Lunatic asylums Central Provinces reports 1910-1926 - 1910-1926
Year: 1910
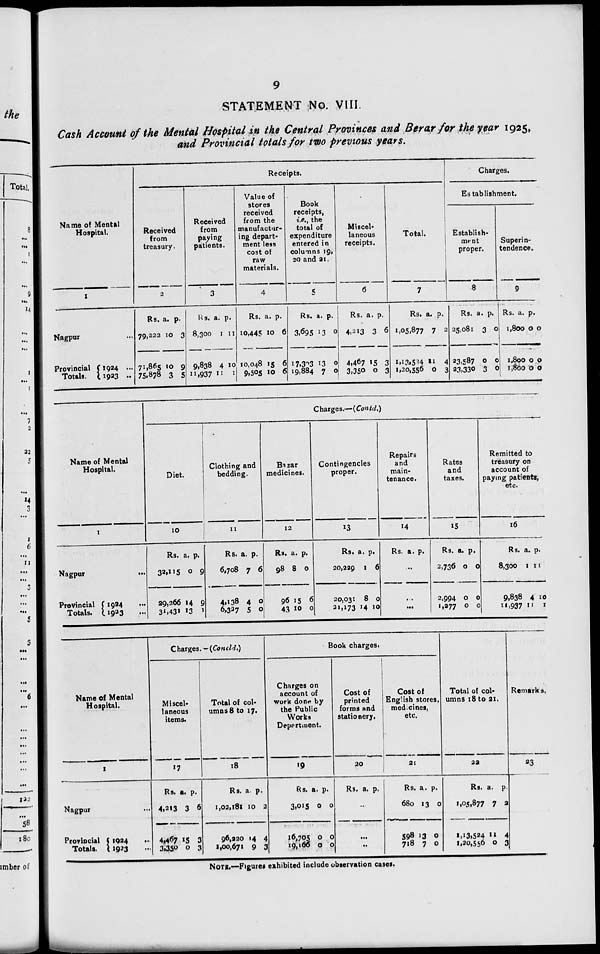
9
STATEMENT No. VIII.
Cash Account of the Mental Hospital in the Central Provinces and Berar for the year 1925,
and Provincial totals for two previous years.
Name of Mental
Hospital.
1
Nagpur ...
Provincial
Totals.
1924 ...
1923 ...
Receipts.
Received
from
treasury.
2
Rs.
79,222
71,865
75,878
a.
10
10
3
p.
3
9
5
Received
from
paying
patients.
3
Rs.
8,300
9,838
11,937
a.
1
4
11
p.
11
10
1
Value of
stores
received
from the
manufactur-
ing depart-
ment less
cost of
raw
materials.
4
Rs.
10,445
10,048
9,505
a.
10
15
10
p.
6
6
6
Book
receipts,
i.e., the
total of
expenditure
entered in
columns 19,
20 and 21.
5
Rs.
3,695
17,323
19,884
a.
13
13
7
p.
0
0
0
Miscel-
laneous
receipts.
6
Rs.
4,213
4,467
3,350
a.
3
15
0
p.
6
3
3
Total.
7
Rs.
1,05,877
1,13,524
1,20,556
a.
7
11
0
p.
2
4
3
Charges.
Establishment.
Establish-
ment
proper.
8
Rs.
25,081
23,587
23,330
a.
3
0
3
p.
0
0
0
Superin-
tendence.
9
Rs.
1,800
1,800
1,800
a.
0
0
0
p.
0
0
0
Name of Mental
Hospital.
1
Nagpur
...
Provincial
Totals.
1924 ...
1923 ...
Charges.—(Contd.)
Diet.
10
Rs.
32,115
29,266
31,431
a.
0
14
13
p.
9
9
1
Clothing and
bedding.
11
Rs.
6,708
4,138
6,327
a.
7
4
5
p.
6
0
0
Bazar
medicines.
12
Rs.
98
96
43
a.
8
15
10
p.
0
6
0
Contingencies
proper.
13
Rs.
20,229
20,031
31,173
a.
1
8
14
p.
6
0
10
Repairs
and
main-
tenance.
14
Rs. a. p.
...
...
...
Rates
and
taxes.
15
Rs.
2,736
2,994
1,277
a.
0
0
0
p.
0
0
0
Remitted to
treasury on
account of
paying patients,
etc.
16
Rs.
8,300
9,838
11,937
a.
1
4
11
p.
11
10
I
Name of Mental
Hospital.
1
Nagpur ...
Provincial
Totals.
1924 ...
1923 ...
Charges.—(Concld.)
Miscel-
laneous
items.
17
Rs.
4,213
4,467
3,350
a.
3
15
0
p.
6
3
3
Total of col-
umns 8 to 17.
18
Rs.
1,02,181
96,220
1,00,671
a.
10
14
9
p.
2
4
3
Book charges.
Charges on
account of
work done by
the Public
Works
Department.
19
Rs.
3,015
16,705
19,166
a.
0
0
0
p.
0
0
0
Cost of
printed
forms and
stationery.
20
Rs. a.
p.
...
...
Cost of
English stores,
medecines,
etc.
21
Rs.
680
598
718
a.
13
13
7
p.
0
0
0
Total of col-
umns 18 to 21.
22
Rs.
1,05,877
1,13,524
1,20,556
a.
7
11
0
p.
2
4
3
Remarks.
23
NOTE.—Figures exhibited include observation cases.